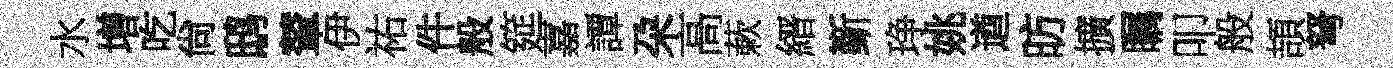
水增吃尙鸱輦伊祐件般筵嘉譚朶高蔌縉斳琤姚遒昉擴瞩叩般頡弩